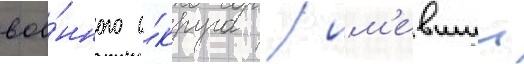
вое́нного о́круга / им'евшии